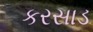
કરસાડ